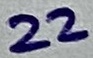
Text: 22